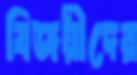
বিজয়ীদের